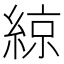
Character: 綡